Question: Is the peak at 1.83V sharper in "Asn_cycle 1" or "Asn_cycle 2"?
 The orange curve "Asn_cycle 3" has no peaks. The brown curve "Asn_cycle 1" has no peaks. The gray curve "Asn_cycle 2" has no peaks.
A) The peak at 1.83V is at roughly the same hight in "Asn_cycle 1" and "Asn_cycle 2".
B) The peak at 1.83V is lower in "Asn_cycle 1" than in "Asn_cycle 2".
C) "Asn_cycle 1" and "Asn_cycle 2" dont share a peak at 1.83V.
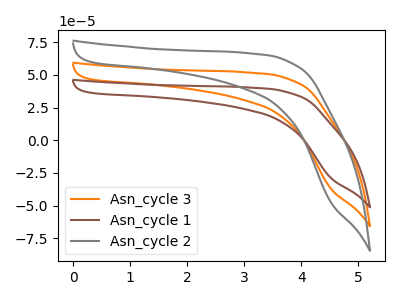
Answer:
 <answer>C) "Asn_cycle 1" and "Asn_cycle 2" dont share a peak at 1.83V.</answer>
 <eval>C</eval>